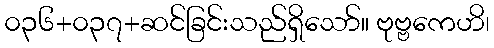
၀၃၆+၀၃၇+ဆင်ခြင်းသည်ရှိသော်။ ဗုဗ္ဗကေဟိ၊